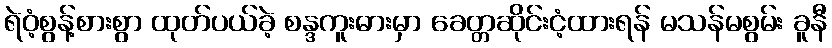
ရဲဝံ့စွန့်စားစွာ ထုတ်ပယ်ခဲ့ စန္ဒကူးဓားမှာ ခေတ္တဆိုင်းငံ့ထားရန် မသန်မစွမ်း ခူနီ